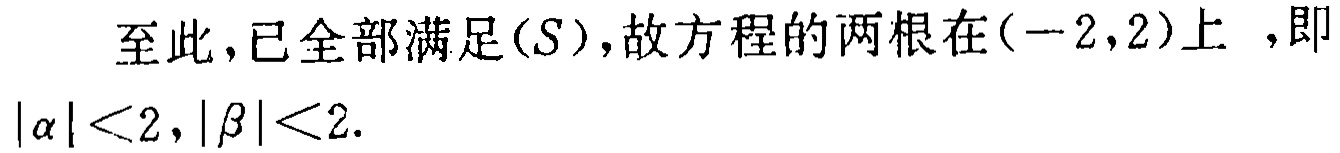
至此，已全部满足\((S)\)，故方程的两根在\((-2,2)\)上 ，即\(|\alpha|<2,|\beta|<2\)。